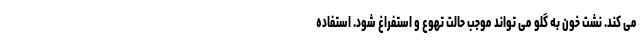
می کند. نشت خون به گلو می تواند موجب حالت تهوع و استفراغ شود. استفاده